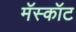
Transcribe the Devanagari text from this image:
मॅस्कॉट